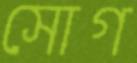
সোগ